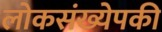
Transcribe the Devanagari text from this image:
लोकसंख्येपकी